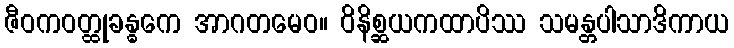
ဇီဝကဝတ္ထုခန္ဓကေ အာဂတမေဝ။ ဝိနိစ္ဆယကထာပိဿ သမန္တပါသာဒိကာယ